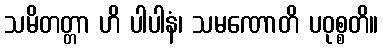
သမိတတ္တာ ဟိ ပါပါနံ၊ သမဏောတိ ပဝုစ္စတိ။